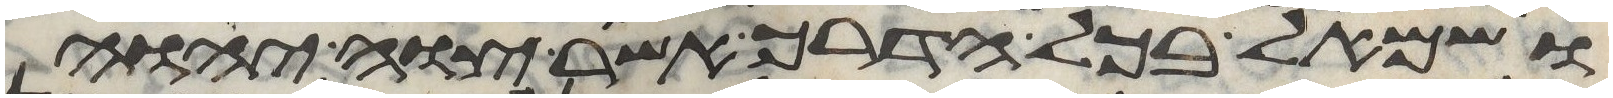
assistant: ושמאל בכל הדרך אשר צוה יהוה